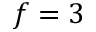
f = 3